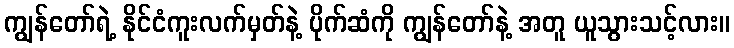
ကျွန်တော်ရဲ့ နိုင်ငံကူးလက်မှတ်နဲ့ ပိုက်ဆံကို ကျွန်တော်နဲ့ အတူ ယူသွားသင့်လား။